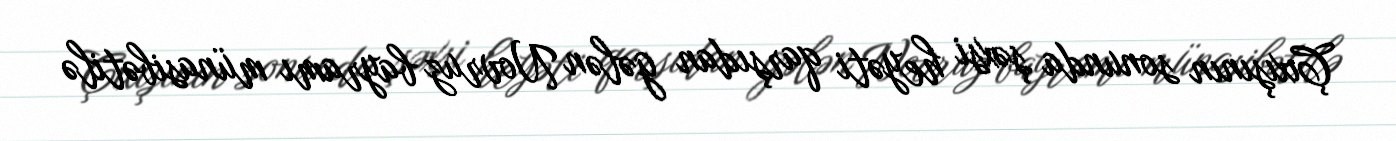
Çıxışının sonunda şəxsi heyəti qarşıdan gələn Novruz bayramı münasibətilə